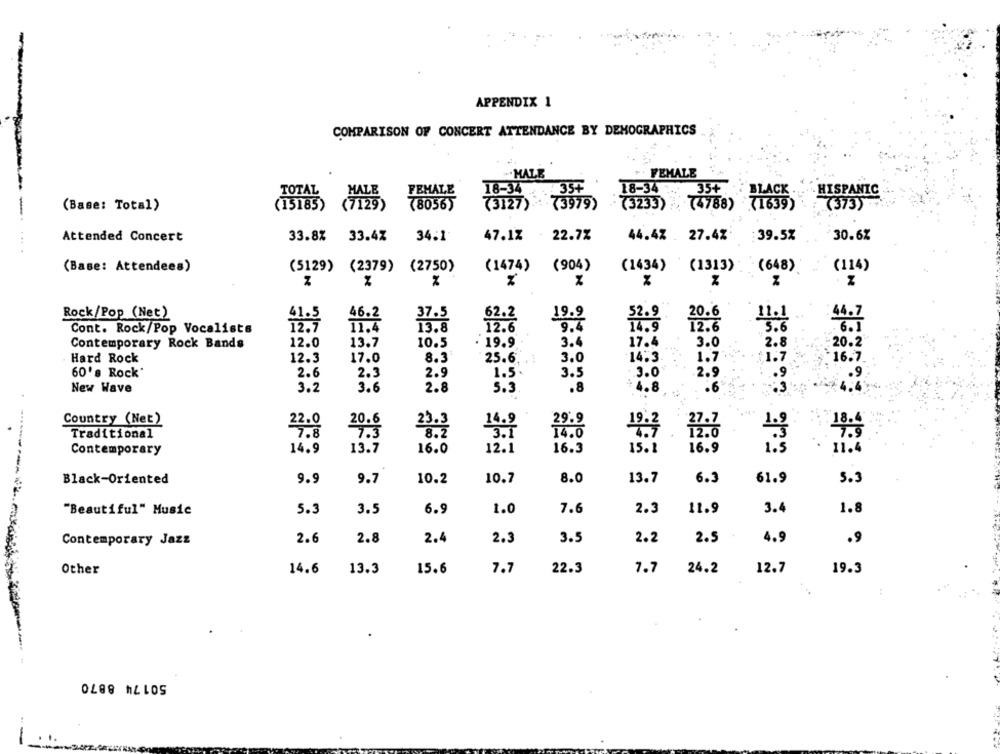
APPENDIX 1
COMPARISON OF CONCERT ATTENDANCE BY DEMOGRAPHICS
.. MALE
FEMALE
18-34
:35+
TOTAL
MALE
.18-34
35+
. HISPANIC
FEMALE
(Base: Total)
(15185)
(7129)
(3127) (3979)
(3233) (4788)
71639
(373)
Attended Concert
33.8%
33.47
34.1
47.1% - 22.7%
44.4% .
27.4%
: 39.5%
30.6%
---..
(Base: Attendees)
(5129) (2379) (2750)
(1474)
(904)
(1434)
(1313)
(648)
(114)
Rock/Pop (Net)
19.9
4.7
46.2
37.5
Cont. Rock/Pop Vocalists
11.4
13.8
12.6
9.4
14.9
12.6
Contemporary Rock Bands
12.0
13.7
10.5
· 19.9
3.4
17.4
3.0
2.8
20.2
Hard Rock
12.3
17.0
8.3
25.6
3.0
14.3
1.7
1.7
16.7
60's Rock
2.6
2.3
2.9
1.5.
3.5
3.0
. 9
2.9
New Wave
3.2
3.6
2.8
5.3
.8
$1.8
Country (Net)
14.9
Traditional
8 . 2
14.0
Contemporary
14.9
13.7
16.0
12.1
16.3
15.1
16.9
11.
Black-Oriented
9.
9.7
10.2
10.7
8.0
13.7
6.3
61.9
5.3
"Beautiful" Music
5.3
3.5
6.9
1.0
7.6
2.3
11.9
3.4
1.8
Contemporary Jazz
2.6
2.8
2.4
2.3
3.5
2.2
2.5
4.9
.9
Other
14.6
13.3
15.6
7.7
22.3
7.7
24.2
12.7
19.3
50174 8870
.-